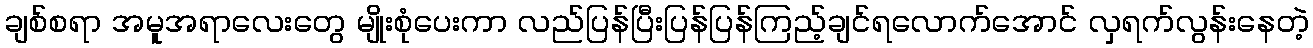
ချစ်စရာ အမူအရာလေးတွေ မျိုးစုံပေးကာ လည်ပြန်ပြီးပြန်ပြန်ကြည့်ချင်ရလောက်အောင် လှရက်လွန်းနေတဲ့